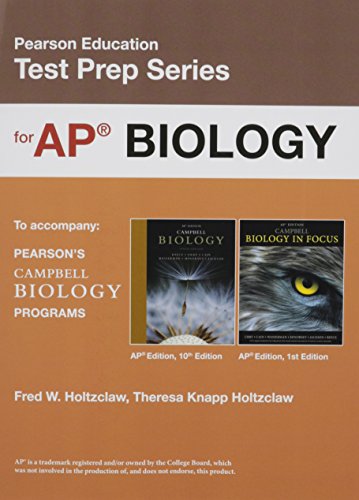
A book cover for Preparing for the Biology AP* Exam (School Edition); Jane B. Reece; Science & Math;